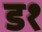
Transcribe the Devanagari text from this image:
ड१